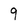
Character: 9